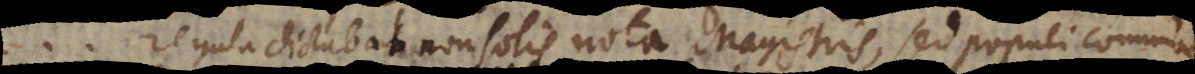
regula dictabat non solis nota Magistris, sed populi commune